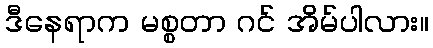
ဒီနေရာက မစ္စတာ ဂင် အိမ်ပါလား။